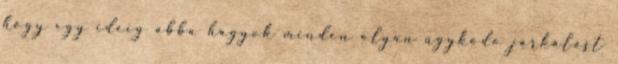
hogy egy ideig abba hagyok minden olyan ügyködõ járkálást